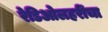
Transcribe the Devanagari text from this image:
रेडिओलहरींचा